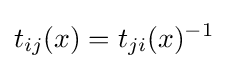
t_{ij}(x)=t_{ji}(x)^{-1}